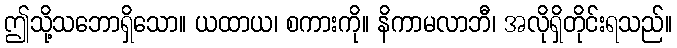
ဤသို့သဘောရှိသော။ ယထာယ၊ စကားကို။ နိကာမလာဘီ၊ အလိုရှိတိုင်းရသည်။